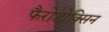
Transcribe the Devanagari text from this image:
फैरोडोक्सिन